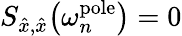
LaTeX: S_{\hat{x},\hat{x}}\big(\omega_{n}^{\mathrm{pole}}\big)=0